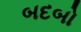
બદબો